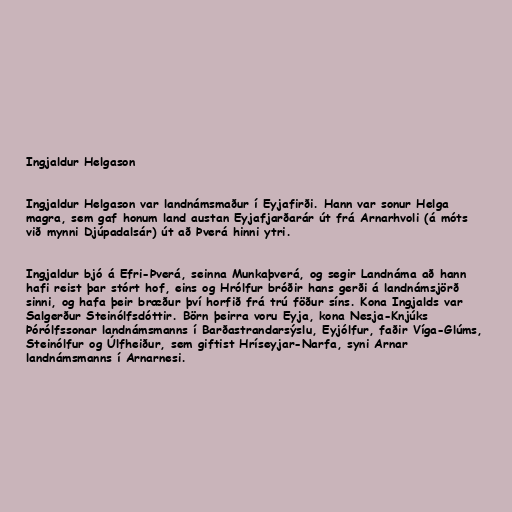
Ingjaldur Helgason

Ingjaldur Helgason var landnámsmaður í Eyjafirði. Hann var sonur Helga
magra, sem gaf honum land austan Eyjafjarðarár út frá Arnarhvoli (á móts
við mynni Djúpadalsár) út að Þverá hinni ytri.

Ingjaldur bjó á Efri-Þverá, seinna Munkaþverá, og segir Landnáma að hann
hafi reist þar stórt hof, eins og Hrólfur bróðir hans gerði á landnámsjörð
sinni, og hafa þeir bræður því horfið frá trú föður síns. Kona Ingjalds var
Salgerður Steinólfsdóttir. Börn þeirra voru Eyja, kona Nesja-Knjúks
Þórólfssonar landnámsmanns í Barðastrandarsýslu, Eyjólfur, faðir Víga-Glúms,
Steinólfur og Úlfheiður, sem giftist Hríseyjar-Narfa, syni Arnar
landnámsmanns í Arnarnesi.